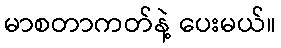
မာစတာကတ်နဲ့ ပေးမယ်။